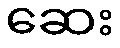
ဆေး